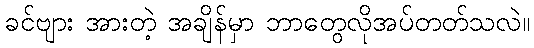
ခင်ဗျား အားတဲ့ အချိန်မှာ ဘာတွေလိုအပ်တတ်သလဲ။